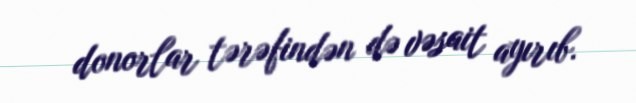
donorlar tərəfindən də vəsait ayırıb.